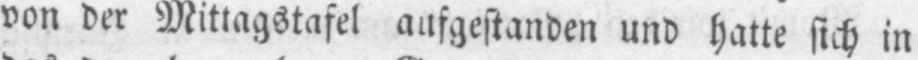
von der Mittagstafel aufgestanden und hatte sich in